Report of the King Institute of Preventive Medicine, Guindy
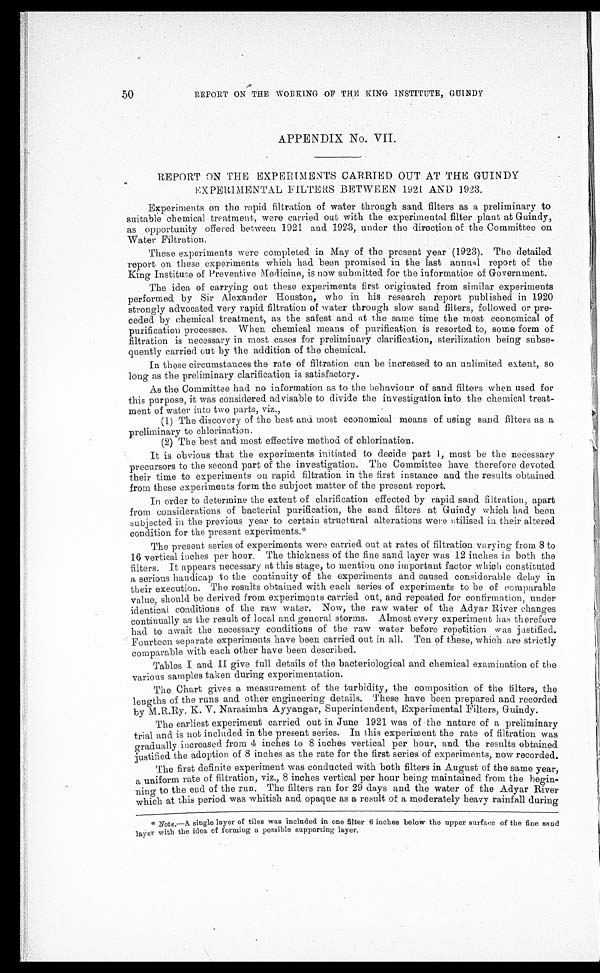
50
REPORT ON THE WORKING OF THE KING INSTITUTE, GUINDY
APPENDIX No. VII.
REPORT ON THE EXPERIMENTS CARRIED OUT AT THE GUINDY
EXPERIMENTAL FILTERS BETWEEN 1921 AND 1923.
Experiments on the rapid filtration of water through sand filters as a preliminary to
suitable chemical treatment, were carried out with the experimental filter plant at Guindy,
as opportunity offered between 1921 and 1923, under the direction of the Committee on
Water Filtration.
These experiments were completed in May of the present year (1923). The detailed
report on these, experiments which had been promised in the last annual report of the
King Institute of Preventive Medicine, is now submitted for the information of Government.
The idea of carrying out these experiments first originated from similar experiments
performed by Sir Alexander Houston, who in his research report published in 1920
strongly advocated very rapid filtration of water through slow sand filters, followed or pre
- c e d e d b y c h e m i c a l t r e a t m e n t , a s t h e s a f e s t a n d a t t h e s a m e t i m e t h e m o s t e c o n o m i c a l o f
purification processes. When chemical means of purification is resorted to, some form of
filtration is necessary in most cases for preliminary clarification, sterilization being subse
- q u e n t l y c a r r i e d o u t b y t h e a d d i t i o n o f t h e c h e m i c a l .
In these circumstances the rate of filtration can be increased to an unlimited extent, so
long as the preliminary clarification is satisfactory.
As the Committee had no information as to the behaviour of sand filters when used for
this purpose, it was considered advisable to divide the investigation into the chemical treat
- m e n t o f w a t e r i n t o t w o p a r t s ,v
i z . ,
(1) The discovery of the best and most economical means of using sand filters as a
preliminary to chlorination.
(2) The best and most effective method of chlorination.
It is obvious that the experiments initiated to decide part I, must be the necessary
precursors to the second part of the investigation. The Committee have therefore devoted
their time to experiments on rapid filtration in the first instance and the results obtained
from these experiments form the subject matter of the present report.
In order to determine the extent of clarification effected by rapid sand filtration, apart
from considerations of bacterial purification, the sand filters at Guindy which had been
subjected in the previous year to certain structural alterations were utilised in their altered
condition for the present experiments.*
The present series of experiments were carried out at rates of filtration varying from 8 to
16 vertical inches per hour. The thickness of the fine sand layer was 12 inches in both the
filters. It appears necessary at this stage, to mention one important factor which constituted
a serious handicap to the continuity of the experiments and caused considerable delay in
their execution. The results obtained with each series of experiments to be of comparable
value, should be derived from experiments carried out, and repeated for confirmation, under
identical conditions of the raw water. Now, the raw water of the Adyar River changes
continually as the result of local and general storms. Almost every experiment has therefore
had to await the necessary conditions of the raw water before repetition was justified.
Fourteen separate experiments have been carried out in all. Ten of these, which are strictly
comparable with each other have been described.
Tables I and II give full details of the bacteriological and chemical examination of the
various samples taken during experimentation.
The Chart gives a measurement of the turbidity, the composition of the filters, the
lengths of the runs and other engineering details. These have been prepared and recorded
by M. R.Ry. K. V. Narasimha Ayyangar, Superintendent, Experimental Filters, Guindy.
The earliest experiment carried out in June 1921 was of the nature of a preliminary
trial and is not included in the present series. In this experiment the rate of filtration was
gradually increased from 4 inches to 8 inches vertical per hour, and the results obtained
justified the adoption of 8 inches as the rate for the first series of experiments, now recorded.
The first definite experiment was conducted with both filters in August of the same year,
a uniform rate of filtration, viz., 8 inches vertical per hour being maintained from the begin
- n i n g t o t h e e n d o f t h e r u n . T h e f i l t e r s r a n f o r 2 9 d a y s a n d t h e w a t e r o f t h e A d y a r R i v e r
which at this period was whitish and opaque as a result of a moderately heavy rainfall during
N
ote. —A single layer of tiles was included in one filter 6 inches below the upper surface of the fine sand
layer with the idea of forming a possible supporting layer.